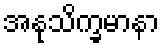
အနုသိက္ခမာနာ